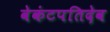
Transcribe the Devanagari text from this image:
वेकंटपतिदेव